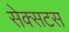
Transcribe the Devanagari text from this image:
सेक्सटस